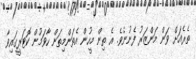
ތެރެއަށް ވަން މަންޒަރު ފެނުނެވެ. އެ ތިން މީހުން އެތަންމިތަން ހާވަމުން ކޮޓަރީގައިވާ